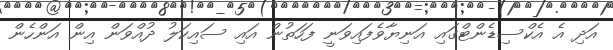
އަދި އެ އެކްސިޑެންޓްގައި އަނިޔާވެފައިވަނީ ފަހަތުން އައި ސައިކަލު ދުއްވަން އިން އަންހެން